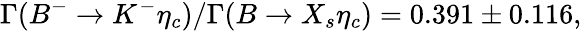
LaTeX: \Gamma(B^{-}\rightarrow K^{-}\eta_{c})/\Gamma(B\rightarrow X_{s}\eta_{c})=0.391\pm 0.116,